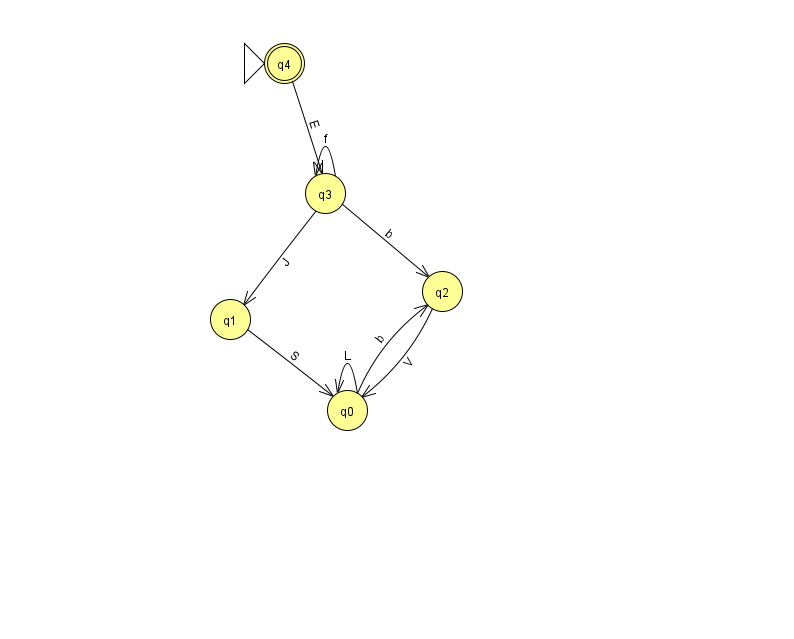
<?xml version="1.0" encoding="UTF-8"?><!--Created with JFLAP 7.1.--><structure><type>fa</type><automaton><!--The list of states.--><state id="0" name="q0"><x>347.0</x><y>397.0</y></state><state id="1" name="q1"><x>230.0</x><y>306.0</y></state><state id="2" name="q2"><x>442.0</x><y>278.0</y></state><state id="3" name="q3"><x>325.0</x><y>180.0</y></state><state id="4" name="q4"><x>284.0</x><y>50.0</y><initial/><final/></state><!--The list of transitions.--><transition><from>0</from><to>2</to><read>b</read></transition><transition><from>4</from><to>3</to><read>E</read></transition><transition><from>3</from><to>3</to><read>f</read></transition><transition><from>2</from><to>0</to><read>V</read></transition><transition><from>3</from><to>2</to><read>b</read></transition><transition><from>0</from><to>0</to><read>L</read></transition><transition><from>3</from><to>1</to><read>J</read></transition><transition><from>1</from><to>0</to><read>S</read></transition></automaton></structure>